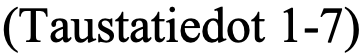
(Taustatiedot 1-7)